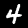
Label: 4